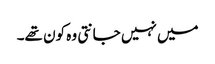
میں نہیں جانتی وہ کون تھے۔